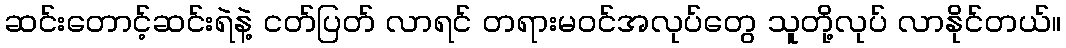
ဆင်းတောင့်ဆင်းရဲနဲ့ ငတ်ပြတ် လာရင် တရားမဝင်အလုပ်တွေ သူတို့လုပ် လာနိုင်တယ်။